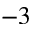
^ { - 3 }